Vaccination in Bombay 1913-1923 - 1913-1923
Year: 1913
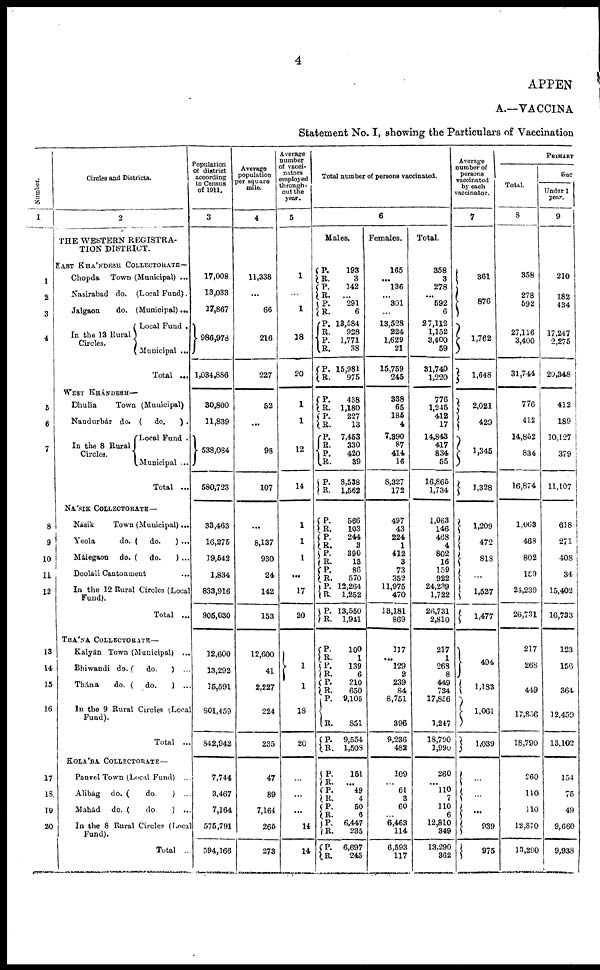
4
APPEN
A.—VACCINA
Statement No. I, showing the Particulars of Vaccination
Number.
1
1
2
3
4
5
6
7
8
9
10
11
12
13
14
15
16
17
18.
19
20
Circles and Districts.
2
THE WESTERN REGISTRA-
TION DISTRICT.
EAST KHÁNDESH COLLECTORATE—
Chopda
Town (Municipal) ...
Nasirabad do. (Local Fund).
Jalgaon
do. (Municipal)...
In the 13 Rural
Circles.
Local Fund .
Municipal ...
Total ...
WEST KHÁNDESH—
Dhulia
Town (Municipal)
Naudurbár do. (
do.
) .
In the 8 Rural
Circles
Local Fund .
Municipal ...
Total ...
NÁSIK COLLECTORATE—
Násik
Town (Municipal) ...
Yeola
do. (
do.
) ...
Málegaon
do. (
do.
) ...
Deoláli Cantonment
...
In the 12 Rural Circles (Local
Fund).
Total ...
THÁNA COLLECTORATE—
Kalyán Town (Municipal) ...
Bhiwandi do. ( do.
) ...
Thana
do. (
do.
) ...
In the 9 Rural Circles (Local
Fund).
Total ...
KOLÁBA COLECTORATE—
Panvel Town (Local Fund) ...
Alibàg
do. (
do.
) ...
Mahád
do. (
do
) ...
In the 8 Rural Circles (Local
Fund).
Total ...
Population
of district
according
to Census
of 1911.
3
17,008
13,033
17,867
986,978
1,034,886
30,800
11,839
538,084
580,723
33,463
16,275
19,542
1,834
833,916
905,030
12,600
13,292
15,591
801,459
842,942
7,744
3,467
7,164
575,791
594,166
Average
population
per square
mile.
4
11,338
...
66
216
227
52
...
98
107
...
8,137
930
24
142
153
12,600
41
2,227
224
235
47
89
7,164
265
273
Average
number
of vacci¬
nators
employed
through-
out the
year.
5
1
...
1
18
20
1
1
12
14
1
1
1
...
17
20
1
1
18
20
...
...
...
14
14
Total number of persons vaccinated.
6
Males.
P.
R.
P.
R.
P.
R.
P. R.
P.
R.
P.
R.
P.
R.
P.
R.
P. R.
P. R.
P.
R.
P.
R.
P.
R.
P.
R.
P. R.
P.
R.
P.
R.
P. R.
P.
R.
P.
R.
P.
R.
P.
R.
P.
R.
P.
R.
P. R.
P.
R.
P.
R.
193
3
142
...
291
6
13,584
928
1,771
38
15,981
975
438
1,180
227
13
7,453
330
420
39
8,538
1,562
566
103
244
3
390
13
86
570
12,264
1,252
13,550
1,941
100
1
139
6
210
650
9,105
851
9,554
1,508
151
...
49
4
50
6
6,447
235
6,697
245
Females.
165
...
136
...
301
...
13,528
224
1,629
21
15,769
245
338
65
185
4
7,390
87
414
16
8,327
172
497
43
224
1
412
3
73
352
11,975
470
13,181
869
137
...
129
2
239
84
8,751
396
9,236
482
109
...
61
3
60
... 6,463
114
6,593
117
Total.
358
3
278
...
592
6
27,112
1,152
3,400
59
31,740
1,220
776
1,245
412
17
14,843
417
834
55
16,865
1,734
1,063
146
468
4
802
16
159
922
24,239
1,722
26,731
2,810
217
1
268
8
449
734
17,856
1,247
18,790
1,990
260
...
110
7
110
6
12,810
349
13,290
362
Average
number of
persons
vaccinated
by each
vaccinator.
7
361
876
1,762
1,648
2,021
429
1,345
1,328
1,209
472
818
...
1,527
1,477
494
1,183
1,061
1,039
...
...
...
939
975
PRIMARY
TOTAL.
8
358
278
592
27,116
3,400
31,744
776
412
14,852
834
16,874
1,063
468
802
159
24,239
26,731
217
268
449
17,856
18,790
260
110
110
12,810
13,290
Suc
Under 1
year.
9
210
182
434
17,247
2,275
20,348
412
189
10,127
379
11,107
638
271
408
34
15,402
16,733
123
156
364
12,459
13,102
154
75
49
9,660
9,938